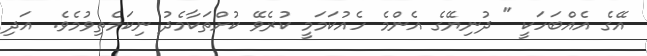
އޭގެ އެއްބަހަކީ " ދުނިޔޭގެ އެންމެ ހެއުކަމަމީ ކުރެވޭ ކުށްތަކާމެދު ނިކަމެތިވުމެވެ.  އަދި